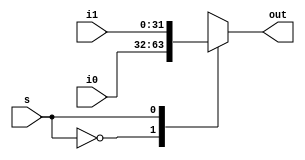
module mux2x1(i0, i1, s, out);
	
	input [31:0] i0, i1;
	input s;
	
	output reg [31:0] out;
	
	always @ (s or i0 or i1)
		begin case (s)
			0: out <= i0;
			1: out <= i1;
			default: out <= 0;
		endcase
	end	
	
endmodule